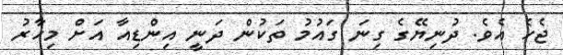
ޖެހެ އެވެ. ދުނިޔޭގެ ގިނަ ގައުމު ތަކުން ދަނީ އިންޑިއާ އަށް މިހާރު